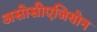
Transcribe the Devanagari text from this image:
असोसीएजियोन